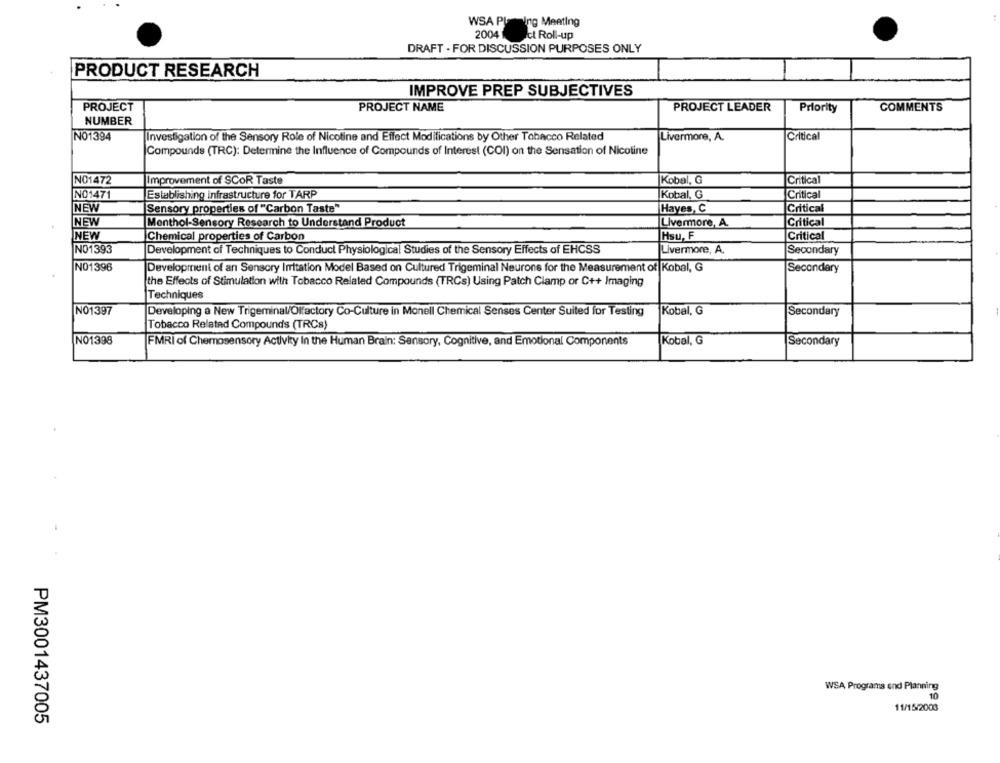
WSA Planing Meeting
2004
Ict Roll-up
DRAFT - FOR DISCUSSION PURPOSES ONLY
PRODUCT RESEARCH
IMPROVE PREP SUBJECTIVES
PROJECT
PROJECT NAME
PROJECT LEADER
COMMENTS
Priority
NUMBER
NO1394
Investigation of the Sensory Role of Nicotine and Effect Modifications by Other Tobacco Related
Livermore, A.
Critical
Compounds (TRC): Determine the Influence of Compounds of Interest (COI) on the Sensation of Nicotine
NO1472
Improvement of SCOR Taste
Kobal, G
Critical
NO1471
Establishing infrastructure for TARP
Kobal, G
Critical
NEW
Sensory properties of "Carbon Taste"
Hayes, C
Critical
NEW
Critical
Menthol-Sensory Research to Understand Product
Livermore, A.
NEW
Chemical properties of Carbon
Hsu, F
Critical
NO1393
Development of Techniques to Conduct Physiological Studies of the Sensory Effects of EHCSS
Livermore, A.
Secondary
NO1396
Development of an Sensory Irritation Model Based on Cultured Trigeminal Neurons for the Measurement of Kobal, G
Secondary
the Effects of Stimulation with Tobacco Related Compounds (TRCs) Using Patch Clamp or C++ Imaging
Techniques
NO1397
Developing a New Trigeminal/Olfactory Co-Culture in Monell Chemical Senses Center Suited for Testing
Kobal, G
Secondary
Tobacco Related Compounds (TRCs)
NO1398
FMRI of Chemosensory Activity In the Human Brain: Sensory, Cognitive, and Emotional Components
Kobal, G
Secondary
WSA Programs and Planning
10
11/15/2003
PM3001437005